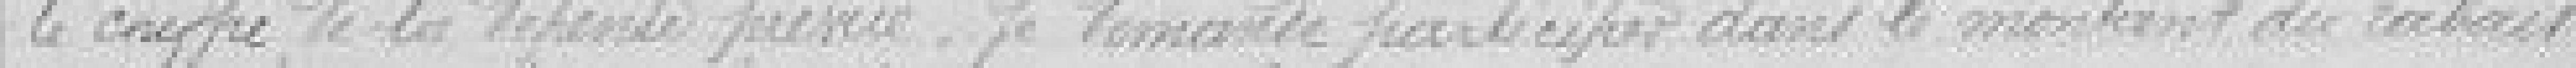
le chiffre de la dépense prévue. Je demande participer dans le montant au rabais